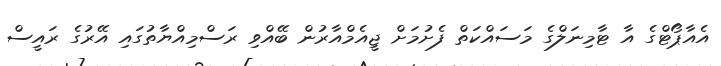
އެއާޕޯޓްގެ އާ ޓާމިނަލްގެ މަސައްކަތް ފެށުމަށް ޖީއެމްއާރުން ބޭއްވި ރަސްމިއްޔާތުގައި އޭރުގެ ރައީސް